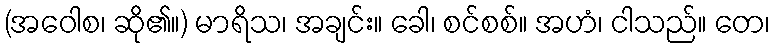
(အဝေါစ၊ ဆို၏။) မာရိသ၊ အချင်း။ ခေါ၊ စင်စစ်။ အဟံ၊ ငါသည်။ တေ၊